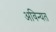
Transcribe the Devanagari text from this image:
अविन्यत